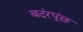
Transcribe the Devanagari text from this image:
बदंरपूंछ